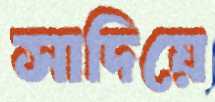
সাদিয়ে